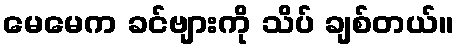
မေမေက ခင်ဗျားကို သိပ် ချစ်တယ်။